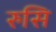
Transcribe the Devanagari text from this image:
रुसि